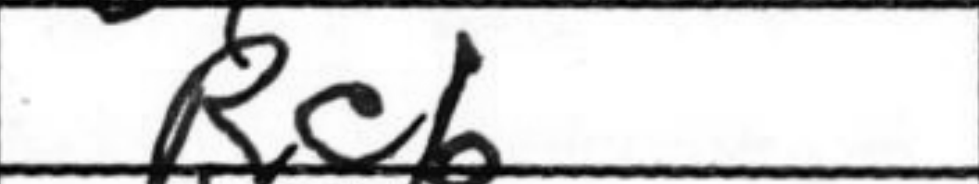
Transcription: Rc6